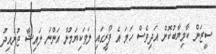
ސީޒަން ކާމިޔާބުކޮށް އަދިވެސް ހަމަ އެ ފޯރީގައި ލަވަކިޔަމުން އަންނަ ލައިޝާ ޖުނައިދު